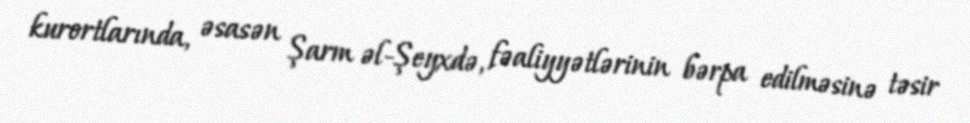
kurortlarında, əsasən Şarm əl-Şeyxdə, fəaliyyətlərinin bərpa edilməsinə təsir